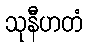
သုနီဟတံ